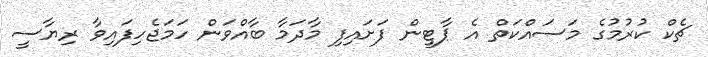
ޗެކް ކުރުމުގެ މަސައްކަތް އެ ޕާޓީން ފަށައިފި މާދަމާ ބާއްވަން ހަމަޖެހިފައިވާ ރިޔާސީ